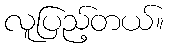
လူပြည့်တယ်။